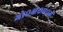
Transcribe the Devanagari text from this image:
गो०क्षे०प्र०में